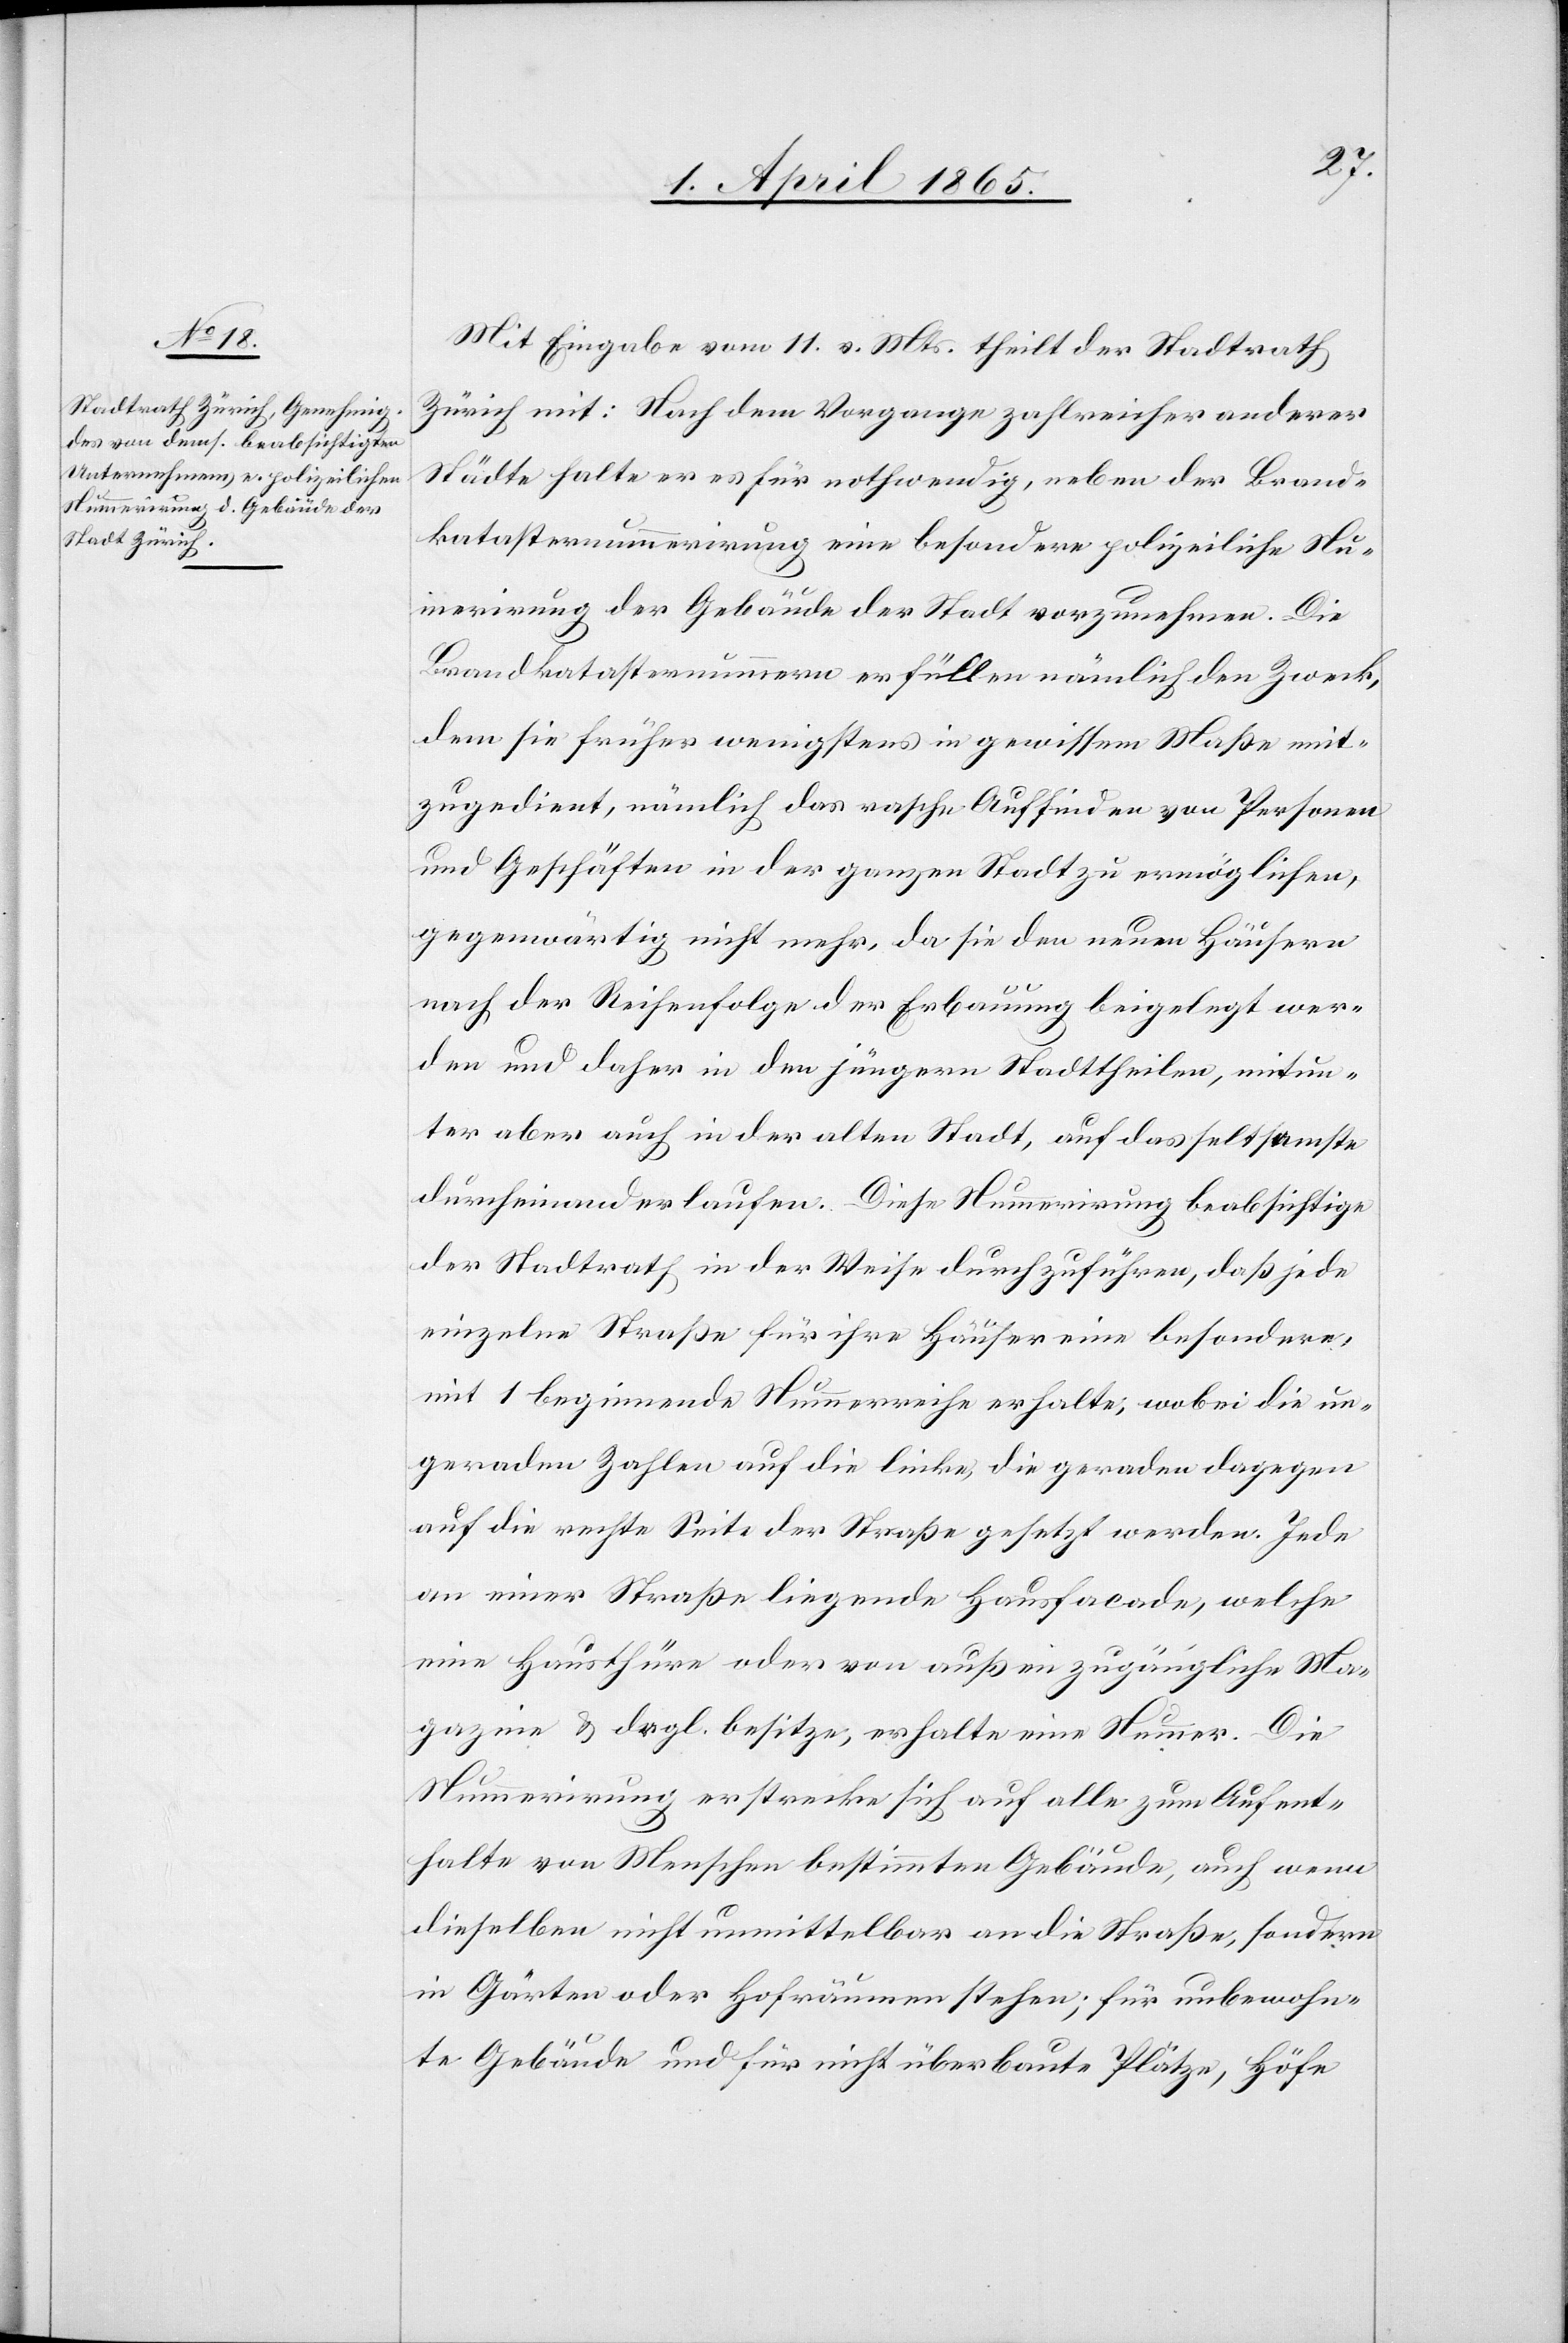
Mit Eingabe vom 11. v. Mts. theilt der Stadtrath
Zürich mit: Nach dem Vorgange zahlreicher anderer
Städte halte er es für nothwendig, neben der Brand¬
katasternummerirung eine besondere polizeiliche Nu¬
mmerirung der Gebäude der Stadt vorzunehmen. Die
Brandkatasternummern erfüllen nämlich den Zweck,
dem sie früher wenigstens in gewissem Maße mit¬
zugedient, nämlich das rasche Auffinden von Personen
und Geschäften in der ganzen Stadt zu ermöglichen,
gegenwärtig nicht mehr, da sie den neuen Häusern
nach der Reihenfolge der Erbauung beigelegt wer¬
den und daher in den jüngern Stadttheilen, mitun¬
ter aber auch in der alten Stadt, auf das seltsamste
durcheinanderlaufen. Diese Nummerirung beabsichtige
der Stadtrath in der Weise durchzuführen, daß jede
einzelne Straße für ihre Häuser eine besondere,
mit 1 beginnende Nummerreihe erhalte; wobei die un¬
geraden Zahlen auf die linke, die geraden dagegen
auf die rechte Seite der Straße gesetzt werden. Jede
an einer Straße liegende Hausfacade, welche
eine Hausthüre oder von außen zugängliche Ma¬
gazine & drgl. besitze, erhalte eine Nummer. Die
Nummerirung erstrecke sich auf alle zum Aufent¬
halte von Menschen bestimmten Gebäude, auch wenn
dieselben nicht unmittelbar an die Straße, sondern
in Gärten oder Hofräumen stehen; für unbewohn¬
te Gebäude und für nicht überbaute Plätze, Höfe